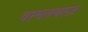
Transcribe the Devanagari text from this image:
वामतयाज़